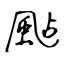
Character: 颭